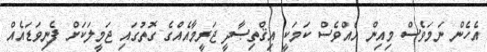
އެހެން ނަމަވެސް މިއިން އެއްވެސް ކަމަކީ އިޤްތިޞާދީ ޖަރީމާއެއްގެ ގޮތުގައި ޖަމީލަކަށް ފެނިވަޑައެއް